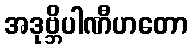
အဒုဗ္ဘိပါဏီဟတော